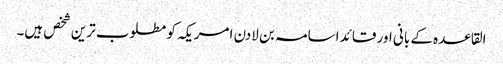
القاعدہ کے بانی اور قائد اسامہ بن لادن امریکہ کو مطلوب ترین شخص ہیں۔